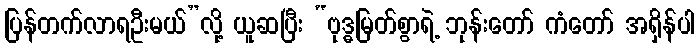
ပြန်တက်လာရဦးမယ်”လို့ ယူဆပြီး “ဗုဒ္ဓမြတ်စွာရဲ့ ဘုန်းတော် ကံတော် အရှိန်ပါ